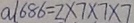
a 1 6 8 6 = 2 \times 7 \times 7 \times 7